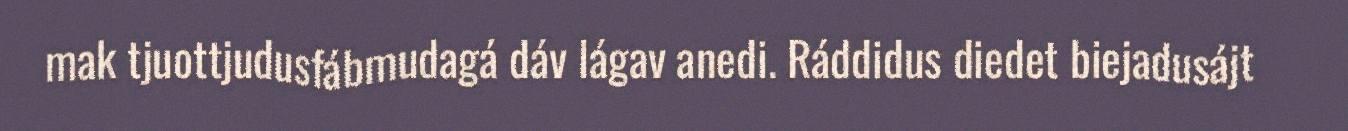
mak tjuottjudusfábmudagá dáv lágav anedi. Ráddidus diedet biejadusájt